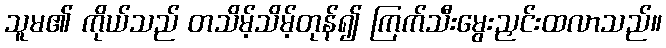
သူမ၏ ကိုယ်သည် တသိမ့်သိမ့်တုန်၍ ကြက်သီးမွေးညှင်းထလာသည်။